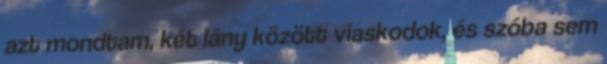
azt mondtam, két lány között viaskodok, és szóba sem